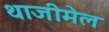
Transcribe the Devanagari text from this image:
थाजीमेल